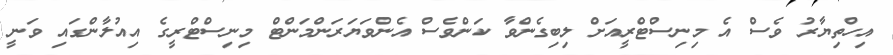
އިހްތިޔާރު ވެސް އެ މިނިސްޓްރީއަށް ލިބިގެންވާ ކަންވެސް އެންވަޔަރަންމަންޓް މިނިސްޓްރީގެ އިއުލާންގައި ވަނީ